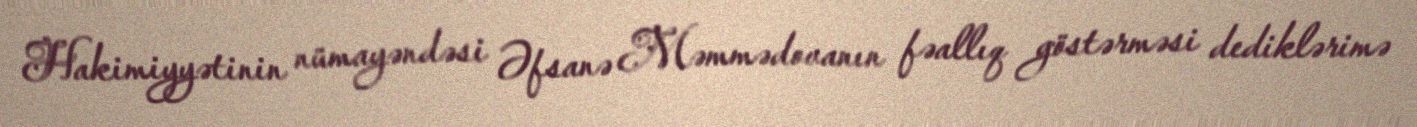
Hakimiyyətinin nümayəndəsi Əfsanə Məmmədovanın fəallıq göstərməsi dediklərimə